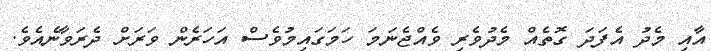
އާއި މެދު އެފަދަ ގޮތެއް މެދުވެރި ވެއްޖެނަމަ ހަމަގައިމުވެސް އަހަރެން ވަރަށް ދެރަވާނެއެވެ.